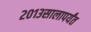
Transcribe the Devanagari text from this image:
२०१३सालापर्यंत